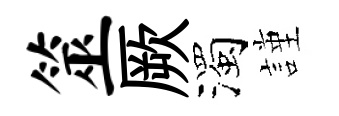
筮厥濁謹